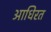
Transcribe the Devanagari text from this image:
आधिरत